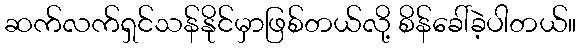
ဆက်လက်ရှင်သန်နိုင်မှာဖြစ်တယ်လို့ စိန်ခေါ်ခဲ့ပါတယ်။